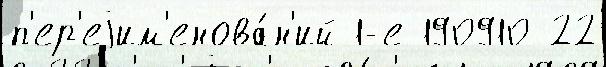
п'ер'еjим'енова́н'ий 1-е 190910 22